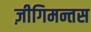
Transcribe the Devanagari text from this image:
ज़ीगिमन्तस